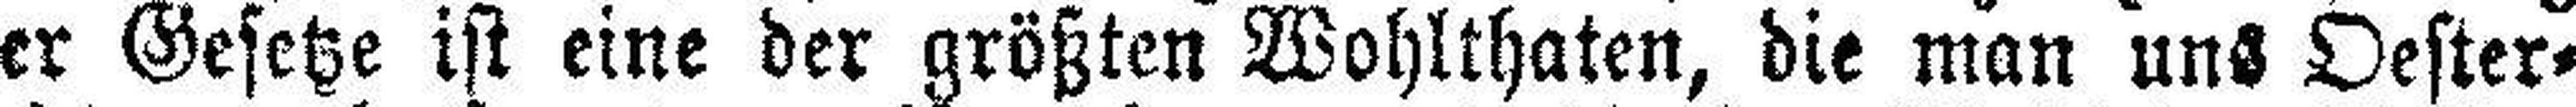
der Gesetze ist eine der größten Wohlthaten, die man uns Oester¬